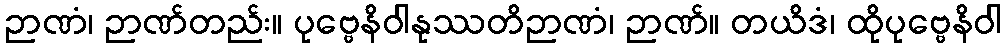
ဉာဏံ၊ ဉာဏ်တည်း။ ပုဗ္ဗေနိဝါနုဿတိဉာဏံ၊ ဉာဏ်။ တယိဒံ၊ ထိုပုဗ္ဗေနိဝါ